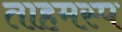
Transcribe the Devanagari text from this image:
ताहमस्प